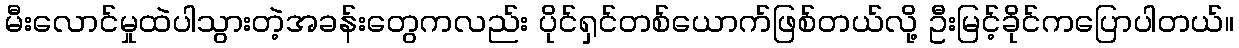
မီးလောင်မှုထဲပါသွားတဲ့အခန်းတွေကလည်း ပိုင်ရှင်တစ်ယောက်ဖြစ်တယ်လို့ ဦးမြင့်ခိုင်ကပြောပါတယ်။